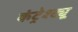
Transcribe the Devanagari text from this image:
कंट्रेश्ट्यू